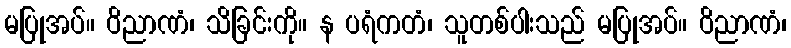
မပြုအပ်။ ဝိညာဏံ၊ သိခြင်းကို။ န ပရံကတံ၊ သူတစ်ပါးသည် မပြုအပ်။ ဝိညာဏံ၊